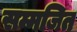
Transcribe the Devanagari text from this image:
सम्मजित